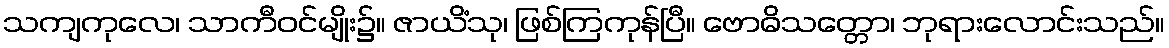
သကျကုလေ၊ သာကီဝင်မျိုး၌။ ဇာယိံသု၊ ဖြစ်ကြကုန်ပြီ။ ဗောဓိသတ္တော၊ ဘုရားလောင်းသည်။